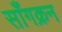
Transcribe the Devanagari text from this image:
साँगक्रन